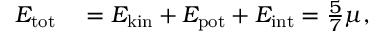
\begin{array} { r l } { E _ { \mathrm { t o t } } } & { { } = E _ { \mathrm { k i n } } + E _ { \mathrm { p o t } } + E _ { \mathrm { i n t } } = \frac { 5 } { 7 } \mu , } \end{array}